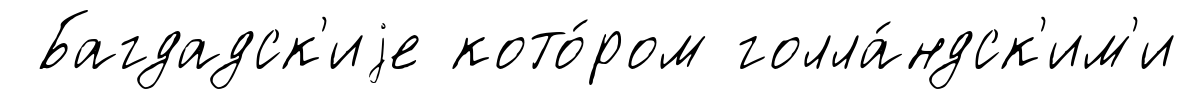
Багдадск'иjе кото́ром голла́ндск'им'и